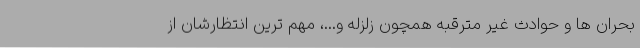
بحران ها و حوادث غیر مترقبه همچون زلزله و...، مهم ترین انتظارشان از